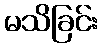
မသိခြင်း